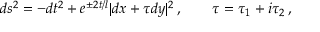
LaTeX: d s ^ { 2 } = - d t ^ { 2 } + e ^ { \pm 2 t / l } | d x + \tau d y | ^ { 2 } \, , \qquad \tau = \tau _ { 1 } + i \tau _ { 2 } \, ,